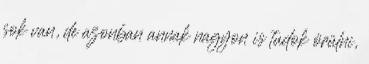
sok van, de azonban annak nagyon is tudok örülni,